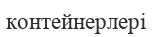
контейнерлері